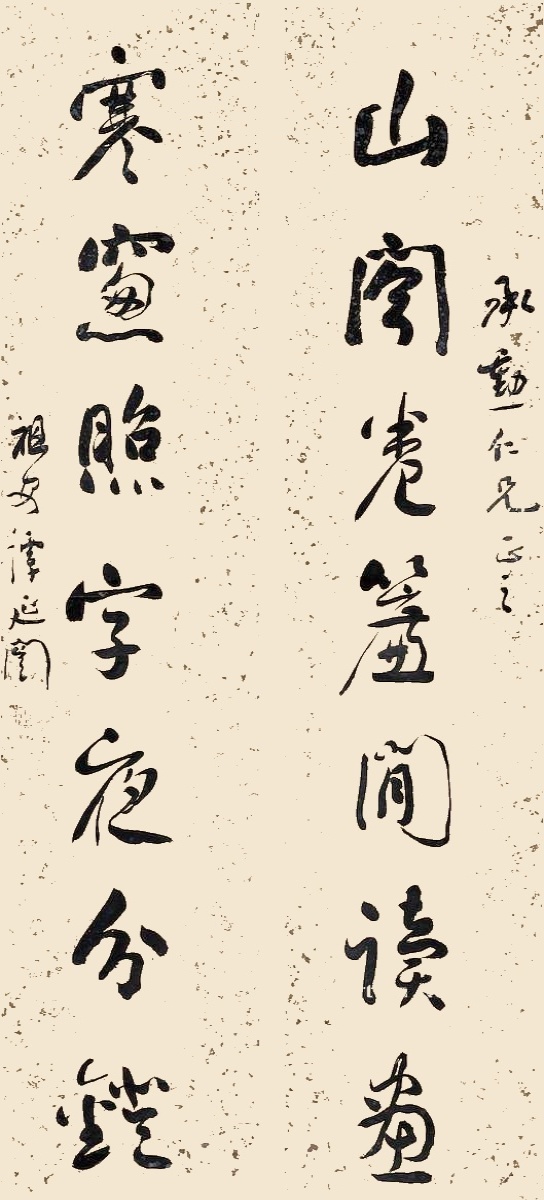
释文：山阁卷帘闲读画，寒窗照字夜分镫。承勋仁兄正之，祖安谭延闿。